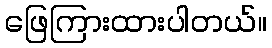
ဖြေကြားထားပါတယ်။